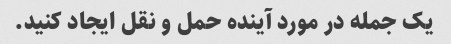
یک جمله در مورد آینده حمل و نقل ایجاد کنید.